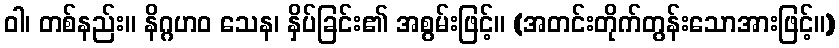
ဝါ၊ တစ်နည်း။ နိဂ္ဂဟဝ သေန၊ နှိပ်ခြင်း၏ အစွမ်းဖြင့်။ (အတင်းတိုက်တွန်းသောအားဖြင့်။)